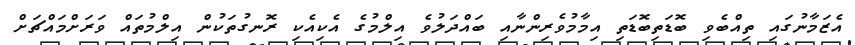
އެޒަމާނުގައި ތިއްބެވި ބޮޑަތިބޮޑަތި އިމާމުވެރިންނާއި ބައްދަލުވެ އިލްމުގެ އެކިއެކި ރޮނގުތަކުން އިލްމުތައް ވަރަށްމައްޗަށް